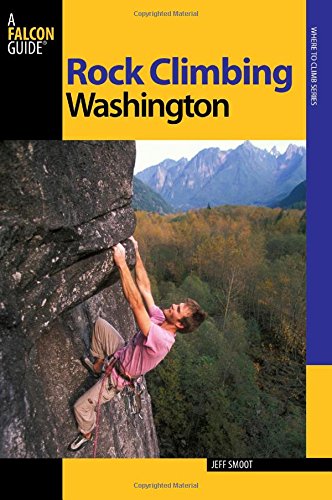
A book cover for Rock Climbing Washington (Regional Rock Climbing Series); Jeff Smoot; Sports & Outdoors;